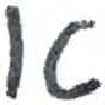
אות: א